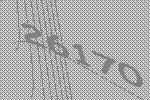
26170